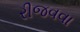
રીજવવા